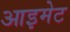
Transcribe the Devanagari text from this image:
आइमेट